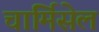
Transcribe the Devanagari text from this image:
चार्मिसेल